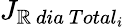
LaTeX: {J}_{\mathbb{R}\ dia\ Total_{i}}